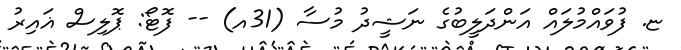
ޏ. ފުވައްމުލައް އަންދަލީބުގެ ނަޝީދު މުސާ (31އ) -- ފޮޓޯ: ޕޮލިސް ޣައިރު